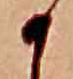
か